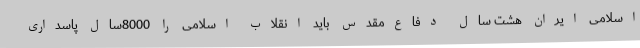
اسلامی ایران هشت سال دفاع‌مقدس باید انقلاب اسلامی را 8000سال پاسداری